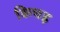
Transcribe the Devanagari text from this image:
किचड़